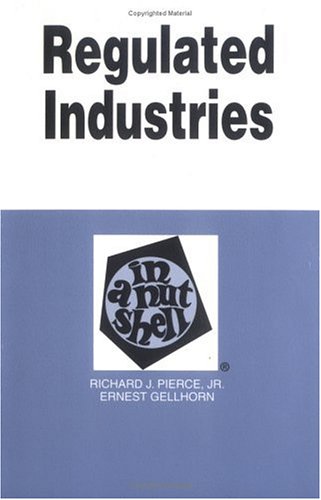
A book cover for Regulated Industries in a Nutshell (Nutshell Series); David Pierce; Law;